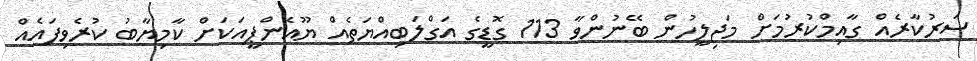
ސަރުކާރެއް ގާއިމްކުރުމަށް މަޖިލީހުން ބޭނުންވާ 113 ގޮޑީގެ އަގްލަބިއްޔަތެއް ޔޫއެންޕީއަކަށް ކާމިޔާބު ކުރެވިފައެއް